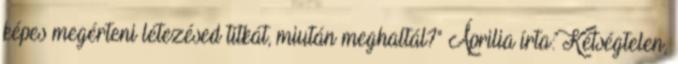
képes megérteni létezésed titkát, miután meghaltál?" Áprilia írta: Kétségtelen,